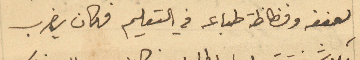
لِعنفه وفظاظة طباعه في التعليم فكان يضرب